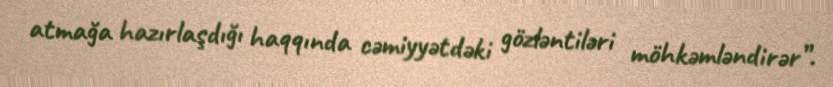
atmağa hazırlaşdığı haqqında cəmiyyətdəki gözləntiləri möhkəmləndirər”.